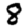
Digit: 8